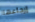
إرجاعها